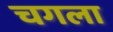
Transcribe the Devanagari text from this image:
चगला